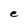
Character: e